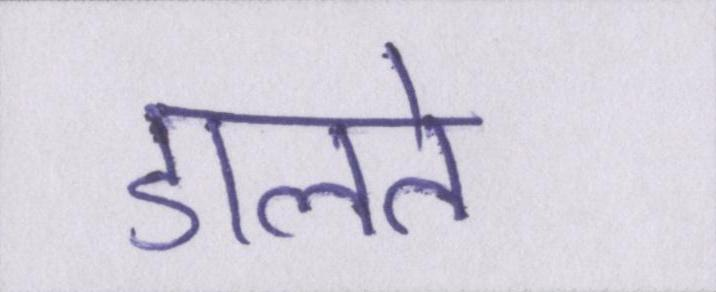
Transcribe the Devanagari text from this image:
डालते